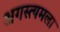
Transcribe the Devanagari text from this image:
अगस्त्यमला